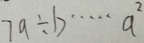
7 a \div b \cdots a ^ { 2 }